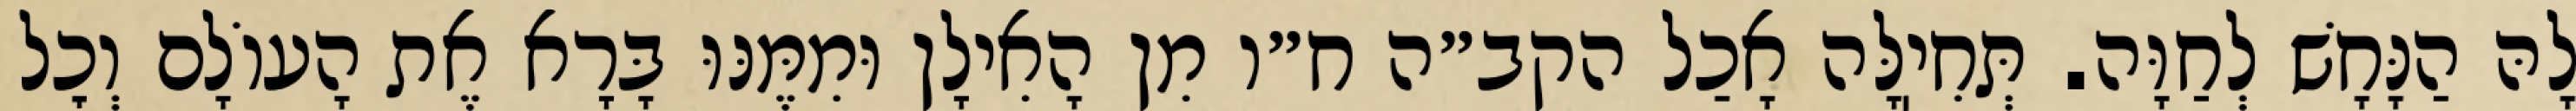
לָהּ הַנָּחָשׁ לְחַוָּה. תְּחִיֽלָּה אָכַל הקב״ה ח״ו מִן הָאִילָן וּמִמֶּנּוּ בָּרָא אֶת הָעוֹלָם וְכׇל